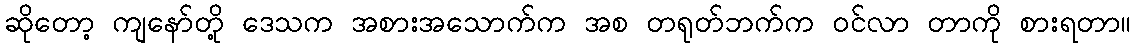
ဆိုတော့ ကျနော်တို့ ဒေသက အစားအသောက်က အစ တရုတ်ဘက်က ဝင်လာ တာကို စားရတာ။